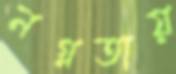
নগ্নতায়